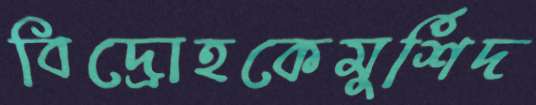
বিদ্রোহকেমুর্শিদ